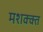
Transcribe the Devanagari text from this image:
मशक्क्त